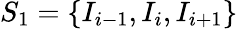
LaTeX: {{S}_{1}}=\left\{ {{I}_{i-1}},{{I}_{i}},{{I}_{i+1}}\right\}